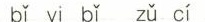
bǐ yī bǐ zǔ cí